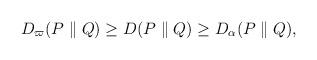
LaTeX: \begin{align*} \begin{aligned} D_\varpi(P \parallel Q) \ge D(P \parallel Q) \ge D_\alpha(P \parallel Q), \end{aligned}\end{align*}